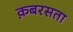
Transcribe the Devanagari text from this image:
क़बरसता